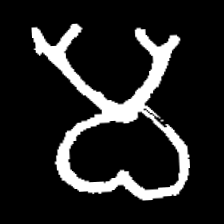
Pyu character \u2014 Myanmar letter: မ (romanized: ma)